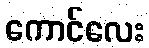
ကောင်လေး